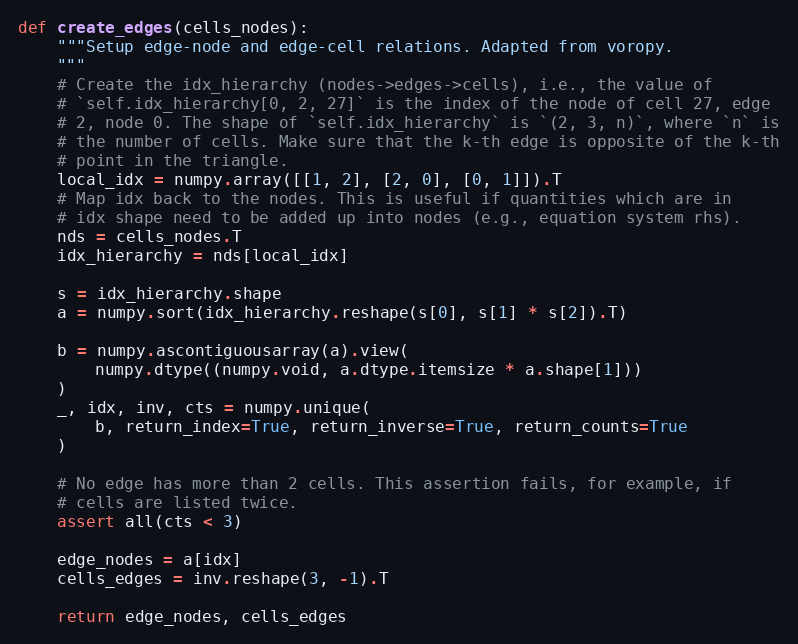
Language: Python
def create_edges(cells_nodes):
    """Setup edge-node and edge-cell relations. Adapted from voropy.
    """
    # Create the idx_hierarchy (nodes->edges->cells), i.e., the value of
    # `self.idx_hierarchy[0, 2, 27]` is the index of the node of cell 27, edge
    # 2, node 0. The shape of `self.idx_hierarchy` is `(2, 3, n)`, where `n` is
    # the number of cells. Make sure that the k-th edge is opposite of the k-th
    # point in the triangle.
    local_idx = numpy.array([[1, 2], [2, 0], [0, 1]]).T
    # Map idx back to the nodes. This is useful if quantities which are in
    # idx shape need to be added up into nodes (e.g., equation system rhs).
    nds = cells_nodes.T
    idx_hierarchy = nds[local_idx]

    s = idx_hierarchy.shape
    a = numpy.sort(idx_hierarchy.reshape(s[0], s[1] * s[2]).T)

    b = numpy.ascontiguousarray(a).view(
        numpy.dtype((numpy.void, a.dtype.itemsize * a.shape[1]))
    )
    _, idx, inv, cts = numpy.unique(
        b, return_index=True, return_inverse=True, return_counts=True
    )

    # No edge has more than 2 cells. This assertion fails, for example, if
    # cells are listed twice.
    assert all(cts < 3)

    edge_nodes = a[idx]
    cells_edges = inv.reshape(3, -1).T

    return edge_nodes, cells_edges